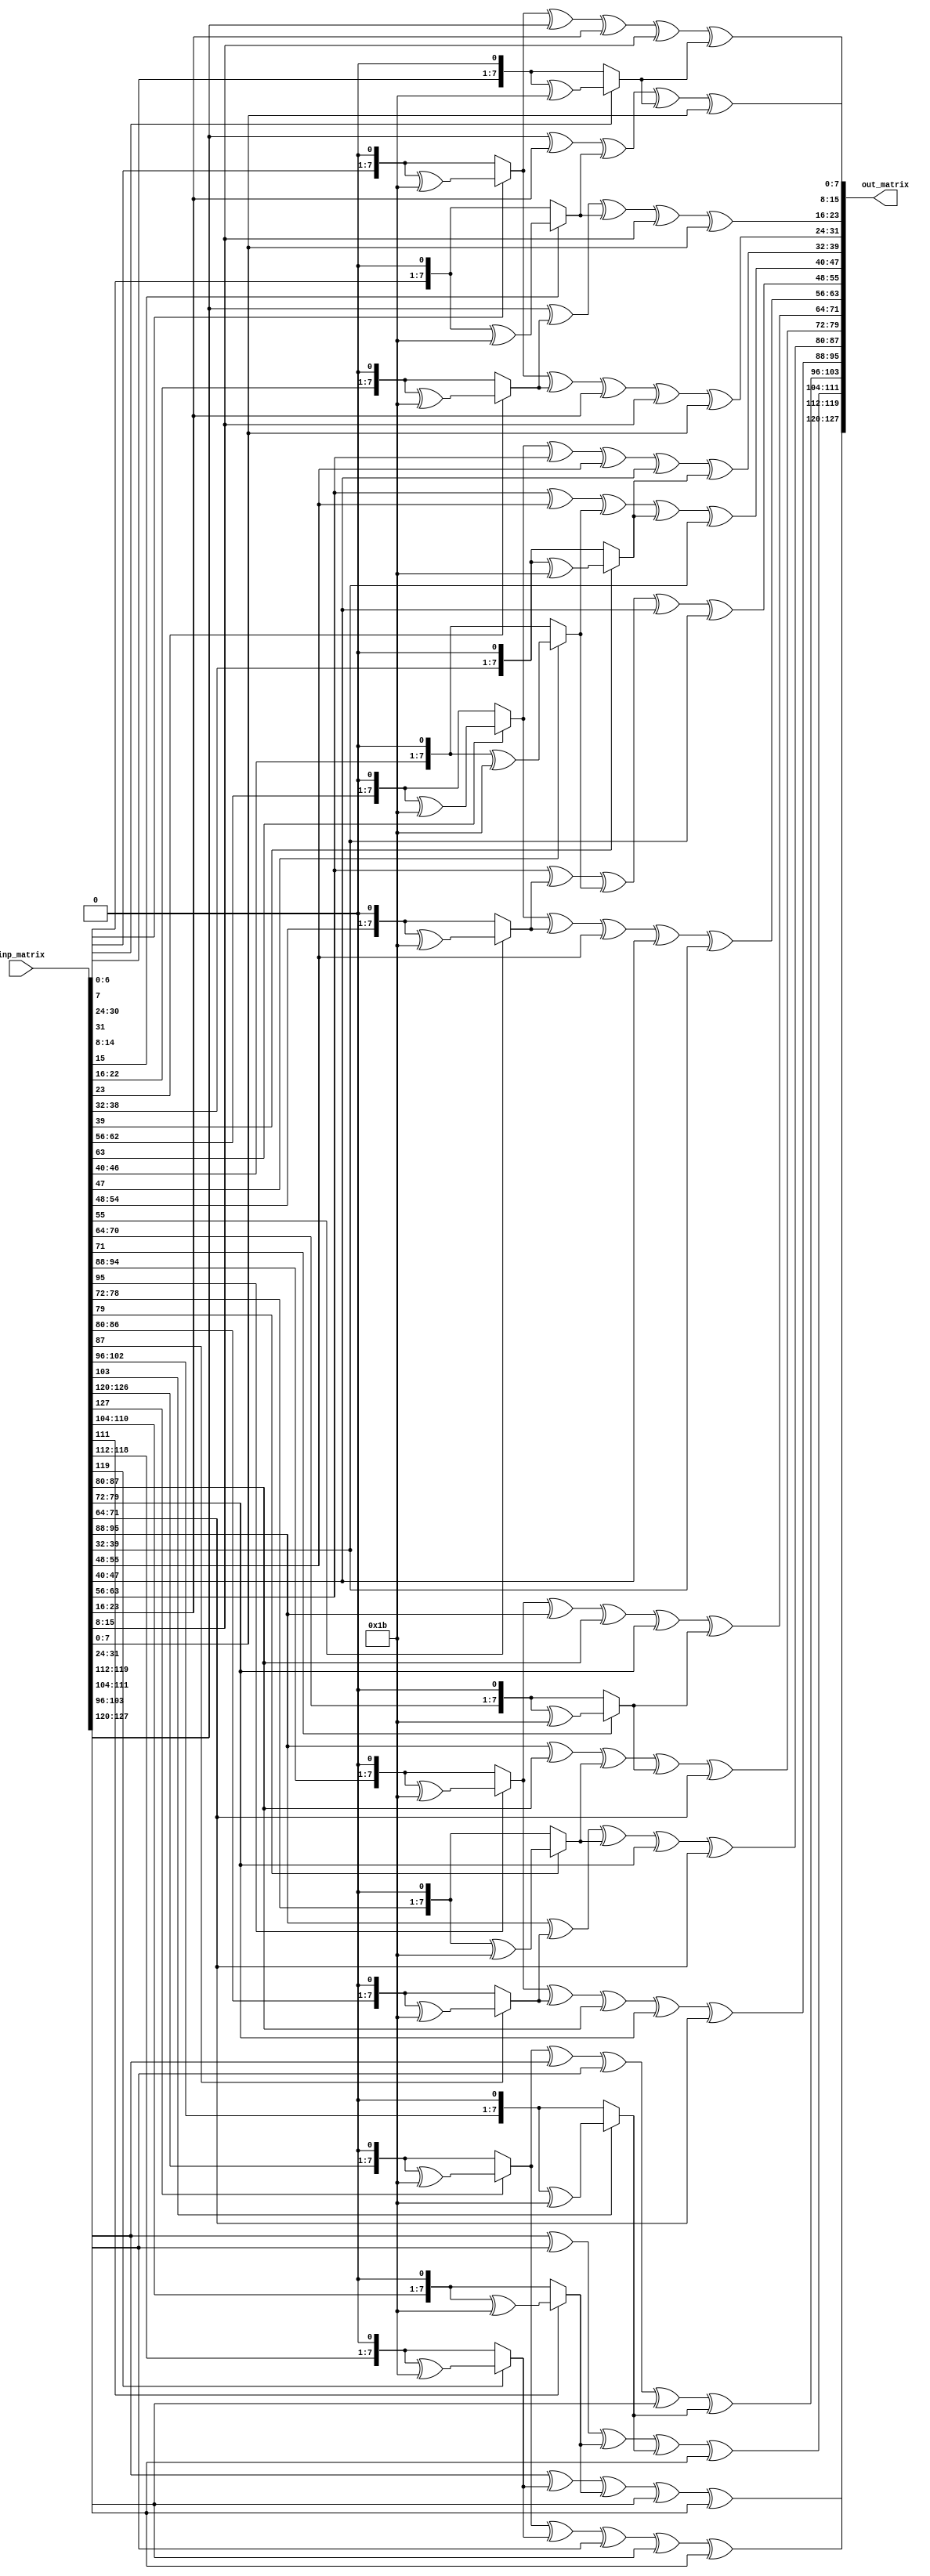
module mix_col(inp_matrix,out_matrix);
input [0:127]inp_matrix;
output [0:127]out_matrix;

assign out_matrix[0:7] = xtime(inp_matrix[0:7])^xtime(inp_matrix[8:15])^inp_matrix[8:15]^inp_matrix[16:23]^inp_matrix[24:31];
assign out_matrix[8:15] = inp_matrix[0:7]^xtime(inp_matrix[8:15])^xtime(inp_matrix[16:23])^inp_matrix[16:23]^inp_matrix[24:31];
assign out_matrix[16:23] = inp_matrix[0:7]^inp_matrix[8:15]^xtime(inp_matrix[16:23])^xtime(inp_matrix[24:31])^inp_matrix[24:31];
assign out_matrix[24:31] = xtime(inp_matrix[0:7])^inp_matrix[0:7]^inp_matrix[8:15]^inp_matrix[16:23]^xtime(inp_matrix[24:31]);

assign out_matrix[32:39] = xtime(inp_matrix[32:39])^xtime(inp_matrix[40:47])^inp_matrix[40:47]^inp_matrix[48:55]^inp_matrix[56:63];
assign out_matrix[40:47] = inp_matrix[32:39]^xtime(inp_matrix[40:47])^xtime(inp_matrix[48:55])^inp_matrix[48:55]^inp_matrix[56:63];
assign out_matrix[48:55] = inp_matrix[32:39]^inp_matrix[40:47]^xtime(inp_matrix[48:55])^xtime(inp_matrix[56:63])^inp_matrix[56:63];
assign out_matrix[56:63] = xtime(inp_matrix[32:39])^inp_matrix[32:39]^inp_matrix[40:47]^inp_matrix[48:55]^xtime(inp_matrix[56:63]);

assign out_matrix[64:71] = xtime(inp_matrix[64:71])^xtime(inp_matrix[72:79])^inp_matrix[72:79]^inp_matrix[80:87]^inp_matrix[88:95];
assign out_matrix[72:79] = inp_matrix[64:71]^xtime(inp_matrix[72:79])^xtime(inp_matrix[80:87])^inp_matrix[80:87]^inp_matrix[88:95];
assign out_matrix[80:87] = inp_matrix[64:71]^inp_matrix[72:79]^xtime(inp_matrix[80:87])^xtime(inp_matrix[88:95])^inp_matrix[88:95];
assign out_matrix[88:95] = xtime(inp_matrix[64:71])^inp_matrix[64:71]^inp_matrix[72:79]^inp_matrix[80:87]^xtime(inp_matrix[88:95]);

assign out_matrix[96:103] = xtime(inp_matrix[96:103])^xtime(inp_matrix[104:111])^inp_matrix[104:111]^inp_matrix[112:119]^inp_matrix[120:127];
assign out_matrix[104:111] = inp_matrix[96:103]^xtime(inp_matrix[104:111])^xtime(inp_matrix[112:119])^inp_matrix[112:119]^inp_matrix[120:127];
assign out_matrix[112:119] = inp_matrix[96:103]^inp_matrix[104:111]^xtime(inp_matrix[112:119])^xtime(inp_matrix[120:127])^inp_matrix[120:127];
assign out_matrix[120:127] = xtime(inp_matrix[96:103])^inp_matrix[96:103]^inp_matrix[104:111]^inp_matrix[112:119]^xtime(inp_matrix[120:127]);

function [0:7]xtime;
input [0:7]i;
begin
if(i[0] ==0)
xtime = {i[1:7],1'b0};
else
xtime = {i[1:7],1'b0}^8'h1b;
end
endfunction
endmodule